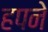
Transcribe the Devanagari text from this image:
हपने